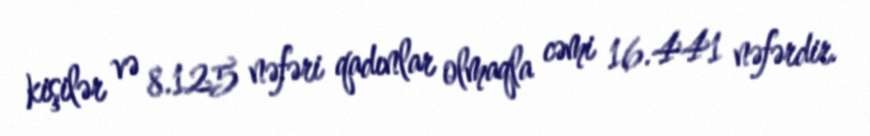
kişilər və 8.125 nəfəri qadınlar olmaqla cəmi 16.441 nəfərdir.